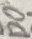
Text: D0